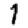
Digit: 1